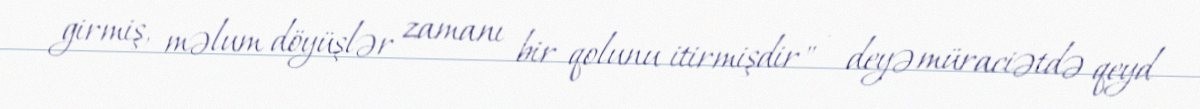
girmiş, məlum döyüşlər zamanı bir qolunu itirmişdir" - deyə müraciətdə qeyd